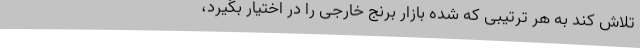
تلاش کند به هر ترتیبی که شده بازار برنج خارجی را در اختیار بگیرد،